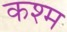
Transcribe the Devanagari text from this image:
कश्म